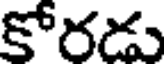
కోరడు